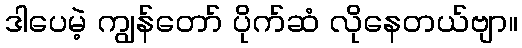
ဒါပေမဲ့ ကျွန်တော် ပိုက်ဆံ လိုနေတယ်ဗျာ။